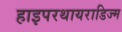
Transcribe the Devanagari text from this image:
हाइपरथायराडिज्म